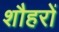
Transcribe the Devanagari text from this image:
शौहरों